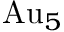
\mathrm { A u } _ { 5 }